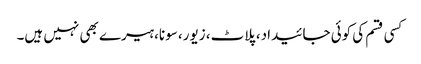
کسی قسم کی کوئی جائیداد، پلاٹ، زیور، سونا، ہیرے بھی نہیں ہیں۔